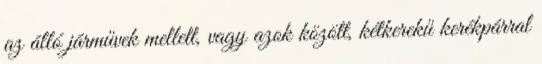
az álló járművek mellett, vagy azok között, kétkerekű kerékpárral